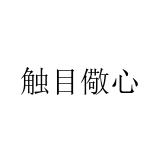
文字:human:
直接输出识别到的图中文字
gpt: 触目儆心